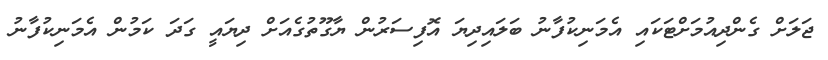
ޖަލަށް ގެންދިއުމަށްޓަކައި އެމަނިކުފާނު ބަލައިދިޔަ އޮފިސަރުން ޔާގޫތުގެއަށް ދިޔައީ ގަދަ ކަމުން އެމަނިކުފާނު